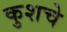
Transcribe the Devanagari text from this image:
कुशचे